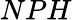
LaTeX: NPH